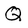
Character: Q